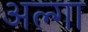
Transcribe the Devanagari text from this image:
अल्गा